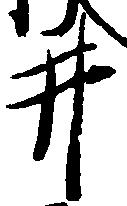
井